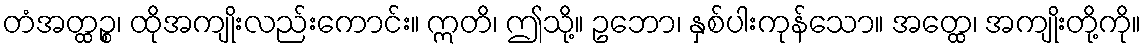
တံအတ္ထဉ္စ၊ ထိုအကျိုးလည်းကောင်း။ ဣတိ၊ ဤသို့။ ဥဘော၊ နှစ်ပါးကုန်သော။ အတ္ထေ၊ အကျိုးတို့ကို။